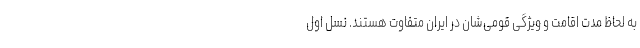
به لحاظ مدت اقامت و ویژگی قومی‌شان در ایران متفاوت هستند. نسل اول